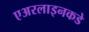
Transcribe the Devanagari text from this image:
एअरलाइनकडे